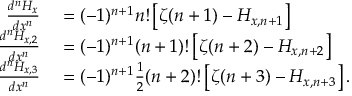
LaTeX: \begin{array} { r l } { { \frac { d ^ { n } H _ { x } } { d x ^ { n } } } } & { { } = ( - 1 ) ^ { n + 1 } n ! \left[ \zeta ( n + 1 ) - H _ { x , n + 1 } \right] } \\ { { \frac { d ^ { n } H _ { x , 2 } } { d x ^ { n } } } } & { { } = ( - 1 ) ^ { n + 1 } ( n + 1 ) ! \left[ \zeta ( n + 2 ) - H _ { x , n + 2 } \right] } \\ { { \frac { d ^ { n } H _ { x , 3 } } { d x ^ { n } } } } & { { } = ( - 1 ) ^ { n + 1 } { \frac { 1 } { 2 } } ( n + 2 ) ! \left[ \zeta ( n + 3 ) - H _ { x , n + 3 } \right] . } \end{array}